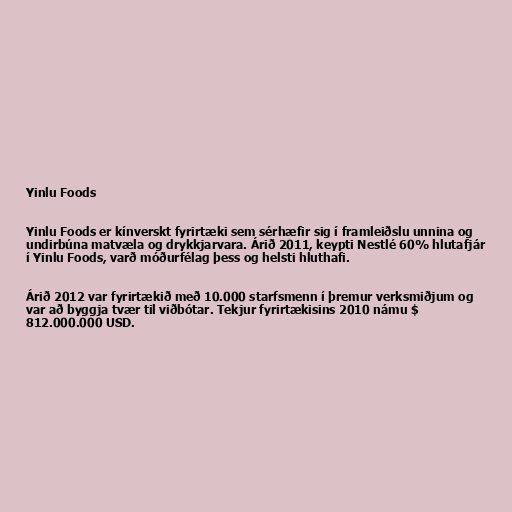
Yinlu Foods

Yinlu Foods er kínverskt fyrirtæki sem sérhæfir sig í framleiðslu unnina og
undirbúna matvæla og drykkjarvara. Árið 2011, keypti Nestlé 60% hlutafjár
í Yinlu Foods, varð móðurfélag þess og helsti hluthafi.

Árið 2012 var fyrirtækið með 10.000 starfsmenn í þremur verksmiðjum og
var að byggja tvær til viðbótar. Tekjur fyrirtækisins 2010 námu $
812.000.000 USD.